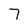
Character: 7